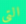
التي